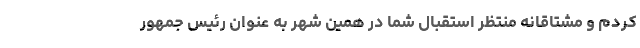
کردم و مشتاقانه منتظر استقبال شما در همین شهر به عنوان رئیس جمهور